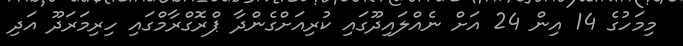
މިމަހުގެ 14 އިން 24 އަށް ނެއްލައިދޫގައި ކުރިއަށްގެންދާ ޕްރޮގްރާމްގައި ހިރިމަރަދޫ އަދި